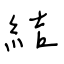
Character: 結